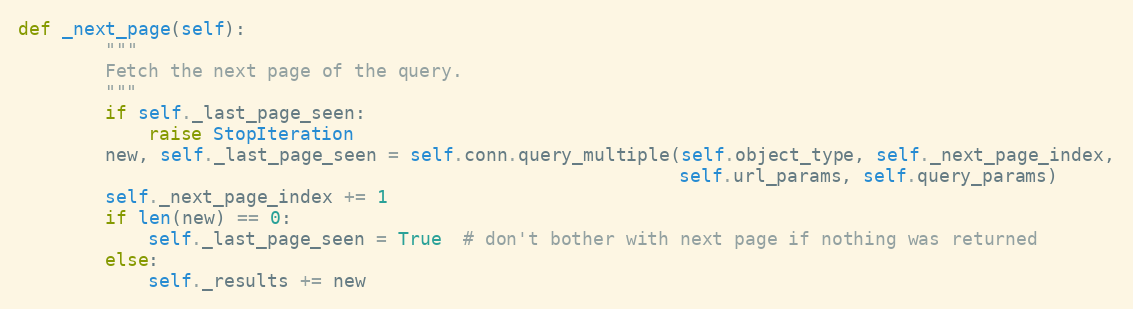
Language: Python
def _next_page(self):
        """
        Fetch the next page of the query.
        """
        if self._last_page_seen:
            raise StopIteration
        new, self._last_page_seen = self.conn.query_multiple(self.object_type, self._next_page_index,
                                                             self.url_params, self.query_params)
        self._next_page_index += 1
        if len(new) == 0:
            self._last_page_seen = True  # don't bother with next page if nothing was returned
        else:
            self._results += new